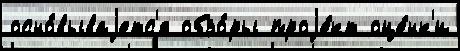
осно́вываjетс'я обзо́ры проjе́кт оце́нк'и